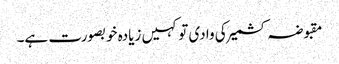
مقبوضہ کشمیر کی وادی تو کہیں زیادہ خوبصورت ہے۔